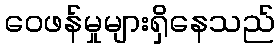
ဝေဖန်မှုများရှိနေသည်